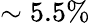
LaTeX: \sim 5.5\%